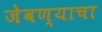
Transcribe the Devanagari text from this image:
जेवण्याचा